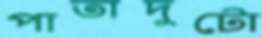
পাতাদুটো